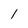
Character: 1